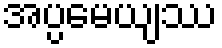
အပ္ပမေယျဿ